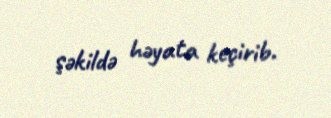
şəkildə həyata keçirib.